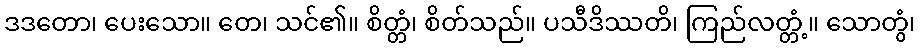
ဒဒတော၊ ပေးသော။ တေ၊ သင်၏။ စိတ္တံ၊ စိတ်သည်။ ပသီဒိဿတိ၊ ကြည်လတ္တံ့။ သောတွံ၊